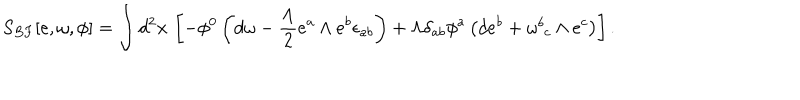
LaTeX: S _ { B F } [ e , \omega , \phi ] = \int d ^ { 2 } x \, \left[ - \phi ^ { 0 } \left( d \omega - \frac { \Lambda } { 2 } e ^ { a } \wedge e ^ { b } \epsilon _ { a b } \right) + \Lambda \delta _ { a b } \phi ^ { a } \left( d e ^ { b } + \omega _ { \, \, c } ^ { b } \wedge e ^ { c } \right) \right] .